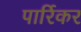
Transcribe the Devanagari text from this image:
पार्रिकर